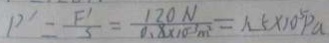
P ^ { \prime } = \frac { F ^ { \prime } } { S } = \frac { 1 2 0 N } { 0 . 8 \times 1 0 ^ { - 3 } m ^ { 2 } } = 1 . 5 \times 1 0 ^ { 5 } P a